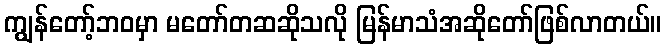
ကျွန်တော့်ဘဝမှာ မတော်တဆဆိုသလို မြန်မာသံအဆိုတော်ဖြစ်လာတယ်။